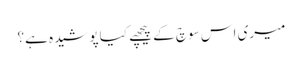
میری اس سوچ کے پیچھے کیا پوشیدہ ہے؟